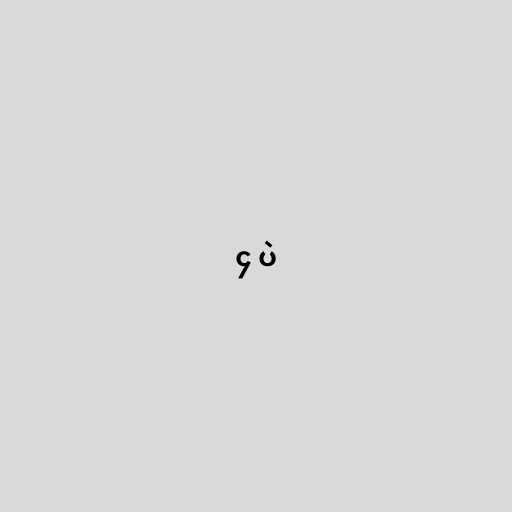
၄ ပဲ